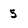
Character: 5